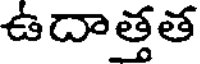
ఉదాత్తత